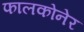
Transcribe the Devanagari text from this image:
फालकोनेर